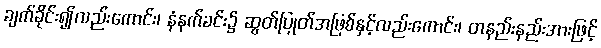
ချက်ခိုင်း၍လည်းကောင်း၊ နံနက်ခင်း၌ ဆွတ်ပြုတ်အဖြစ်နှင့်လည်းကောင်း၊ တနည်းနည်းအားဖြင့်